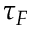
\tau _ { F }